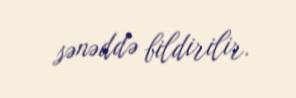
sənəddə bildirilir.